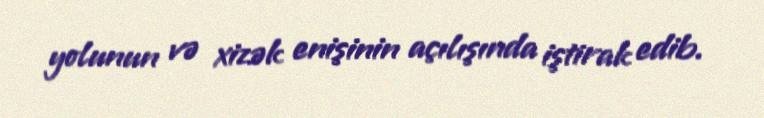
yolunun və xizək enişinin açılışında iştirak edib.